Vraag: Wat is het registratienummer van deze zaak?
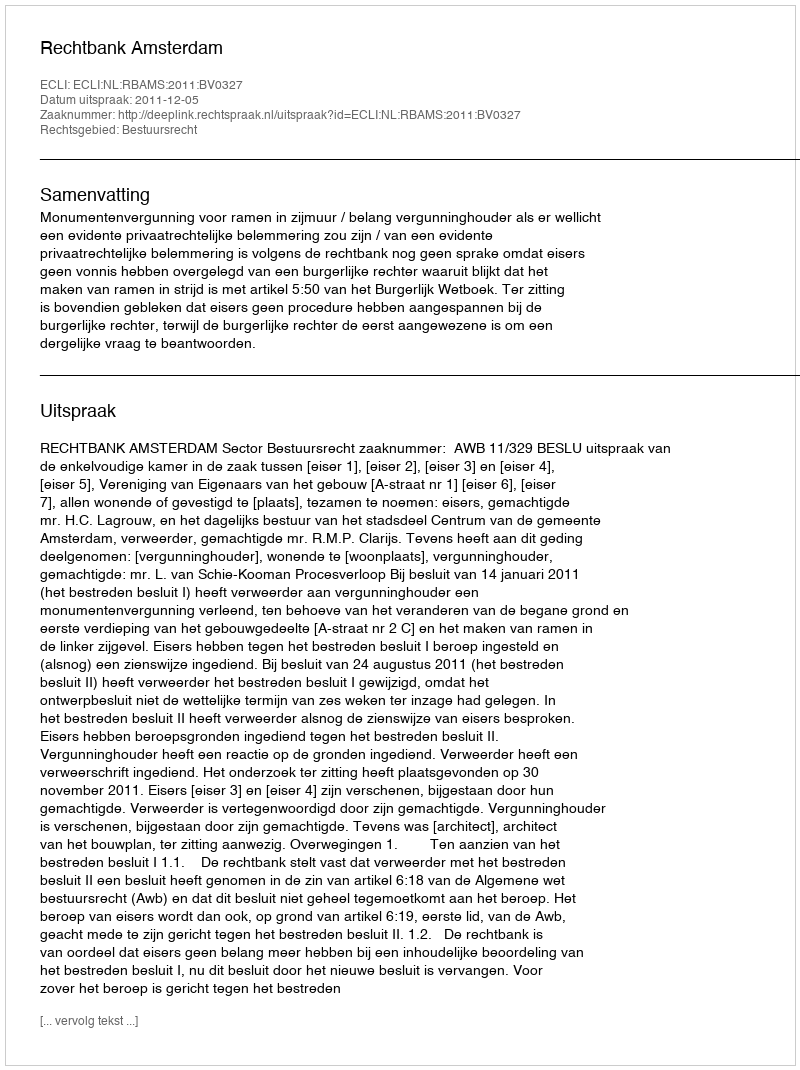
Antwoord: http://deeplink.rechtspraak.nl/uitspraak?id=ECLI:NL:RBAMS:2011:BV0327